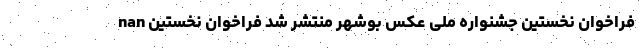
nan فراخوان نخستین جشنواره ملی عکس بوشهر منتشر شد فراخوان نخستین